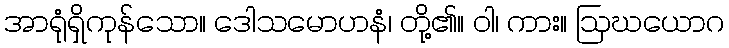
အာရုံရှိကုန်သော။ ဒေါသမောဟနံ၊ တို့၏။ ဝါ၊ ကား။ ဩဃယောဂ